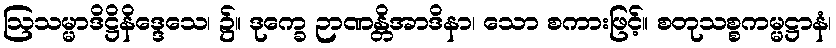
ဩသမ္မာဒိဋ္ဌိနိဒ္ဒေသေ၊ ၌။ ဒုက္ခေ ဉာဏန္တိအာဒိနာ၊ သော စကားဖြင့်။ စတုသစ္စကမ္မဋ္ဌာနံ၊